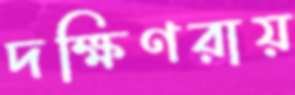
দক্ষিণরায়